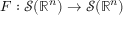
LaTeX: F : { \mathcal { S } } ( \mathbb { R } ^ { n } ) \to { \mathcal { S } } ( \mathbb { R } ^ { n } )